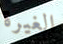
الغيرة